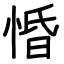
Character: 惛